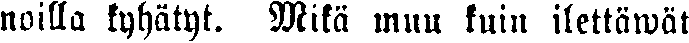
noilla kyhätyt. Mikä muu kuin ilettäwät